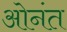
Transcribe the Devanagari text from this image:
ओनंत